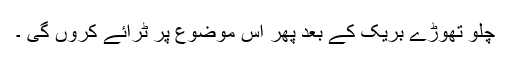
چلو تھوڑے بریک کے بعد پھر اس موضوع پر ٹرائے کروں گی ۔